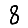
Digit: 8